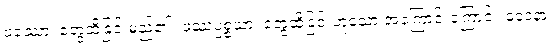
ဖဿော၊ တွေ့ထိခြင်းမည်၏။ ဖဿပ္ပစ္စယာ၊ တွေ့ထိခြင်းဟူသော အကြောင်းကြောင့်။ ဝေဒနာ၊